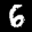
Label: 6